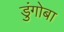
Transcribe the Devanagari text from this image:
डुंगोबा